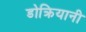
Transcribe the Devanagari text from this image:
डोक्रियानी